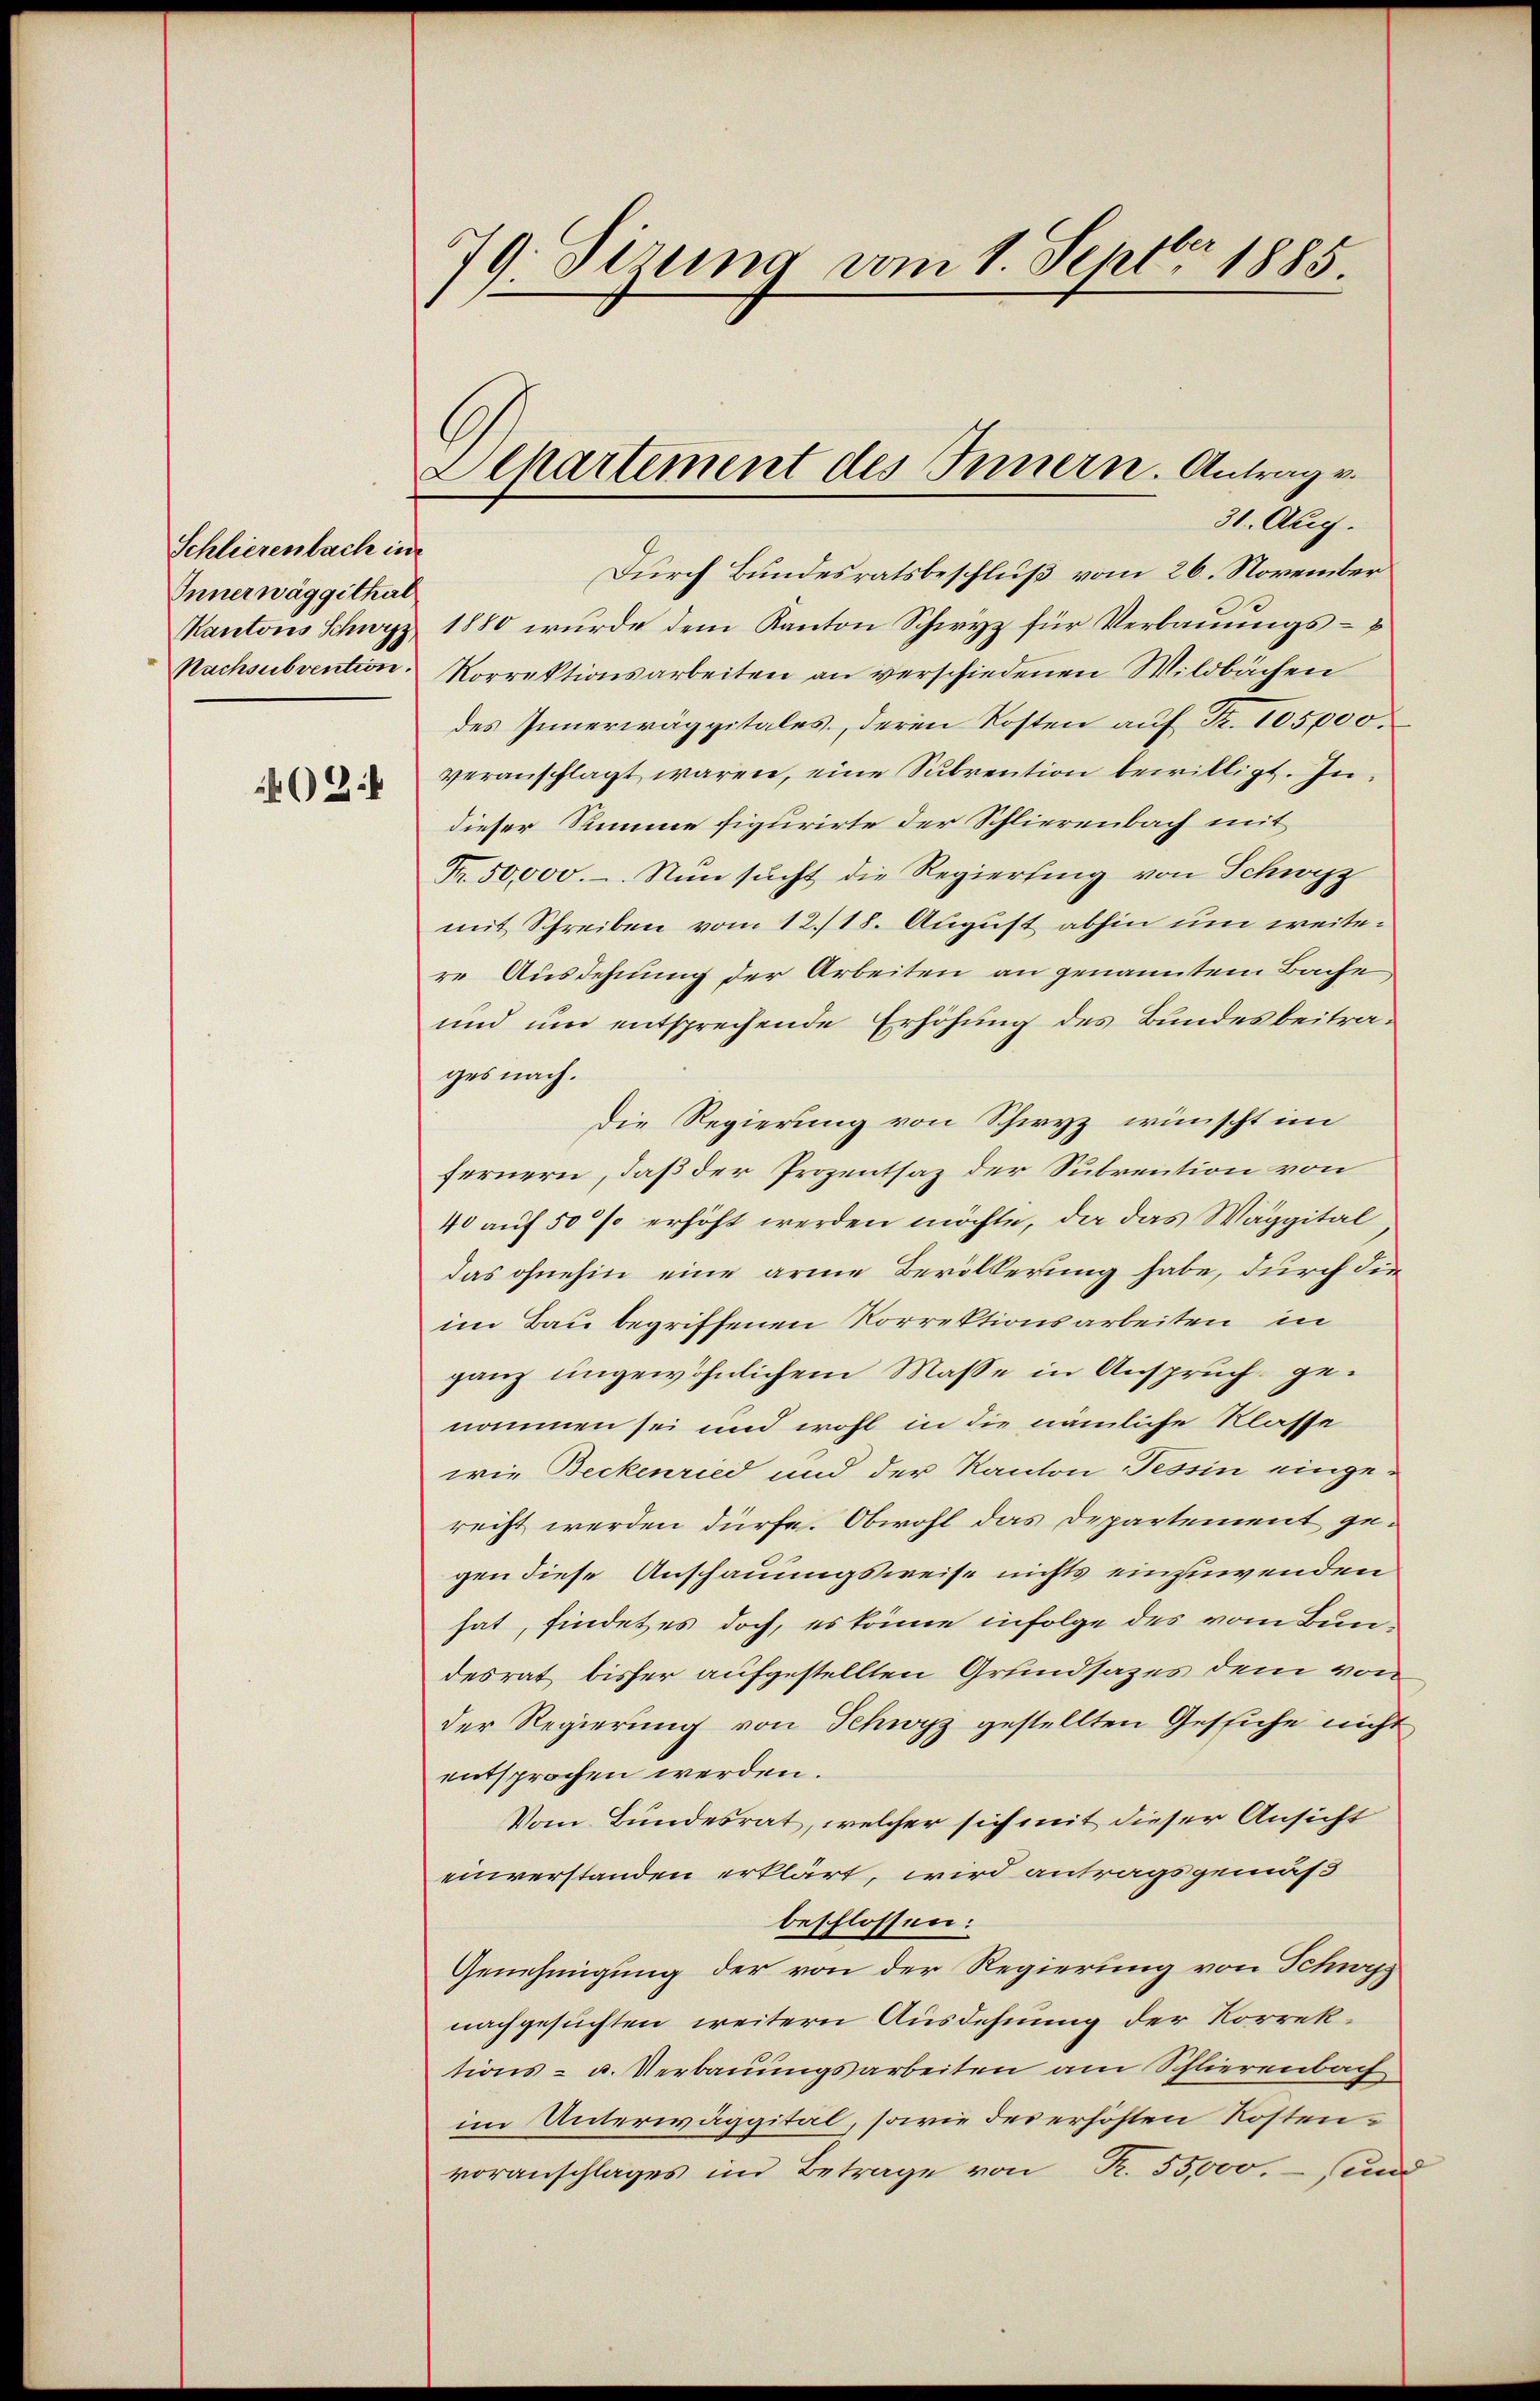
Schliesenbach in
Innerwäggithal
Kantons Schwyz
Nachsubvention.
24

79. Sirung vom 1. Septbr 1885.

Separtement des Innern. Antrag v.

31. Aug.
Durch Bundesratsbeschluß vom 26. November
1880 wurde dem Kanton Schwyz für Verbauungs-
Korrektionsarbeiten an verschiedenen Wildbachen
des Innerwägpitales, deren Kosten auf Fr. 105,000.
veranschlagt waren, eine Subvention bewilligt. Indieser Stimme figurirte der Schlierenbach mit
Fr. 50,000.-. Nun sucht die Regierung von Schwyz
mit Schreiben vom 12./18. August abhin um weitere Ausdehnung der Arbeiten an genanntem Bache
und um entsprechende Erhöhung des Bundesbeitrages nach.
die Regierung von Schwyz wünscht im
fernern, daß der Prozentsaz der Subrention von
40 auf 50 % erhöht werden möchte, da das Waggital
das ohnehin eine arme Bevölkerung habe, durch die
im Bau begriffenen Korrektionsarbeiten in
ganz ungewöhnlichem Masse in Anspruch genommen sei und wohl in die nämliche Klasse
wie Beckenried und der Kanton Tessin eingerecht werden dürfe. Obwohl das Departement gegen diese Anschauungsweise nichts einzuwenden
hat, findetes doch, es könne infolge des vom Bundesrat bisher aufgestellten Grundsazes dem von
der Regierung von Schwyz gestellten Gesiche nicht
entsprochen werden.
Vom Bundesrat, welcher sich mit dieser Ansicht
einverstanden erklärt, wird antragsgemäß
beschlossen:
Genehmigung der von der Regierung von Schwyz
nachgesuchten weitern Ausdehnung der Korrektions- u. Verbauungsarbeiten am Schlierenbach
im Unterwäggital, sowie des erhöhten Kostenvoranschlages im Betrage von R. 55,000.- und